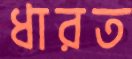
ধারত